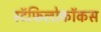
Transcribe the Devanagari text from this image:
स्टॅफिलोकॉकस